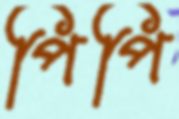
পিপি